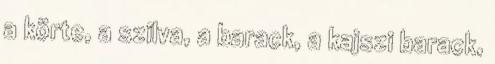
a körte, a szilva, a barack, a kajszi barack,